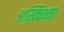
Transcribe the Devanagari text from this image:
आस्क्विथचा